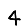
Digit: 4